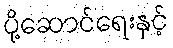
ပို့ဆောင်ရေးနှင့်